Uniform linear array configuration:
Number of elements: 16
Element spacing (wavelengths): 0.25
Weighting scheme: cosine
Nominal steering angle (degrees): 60
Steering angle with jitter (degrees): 59.842
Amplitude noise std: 0.05
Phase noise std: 0.05

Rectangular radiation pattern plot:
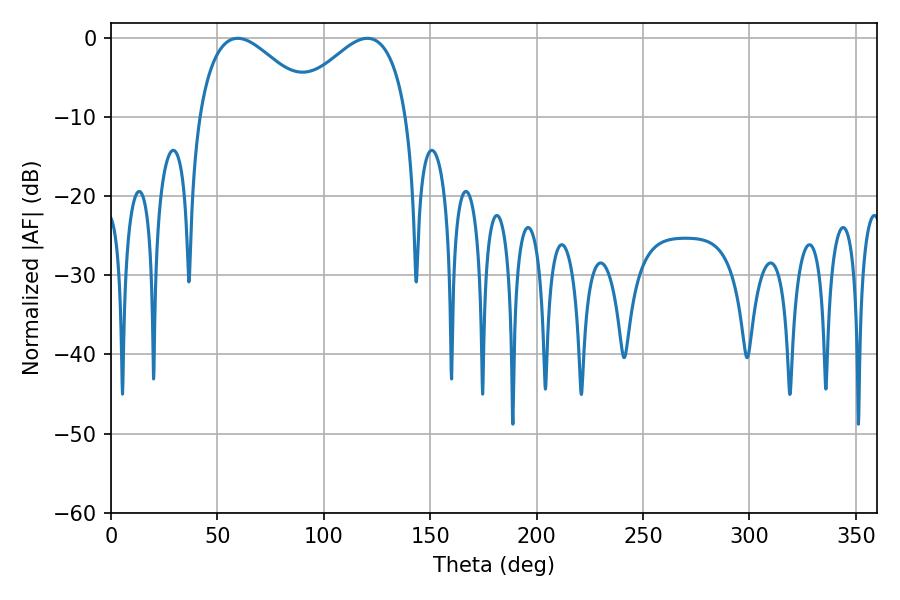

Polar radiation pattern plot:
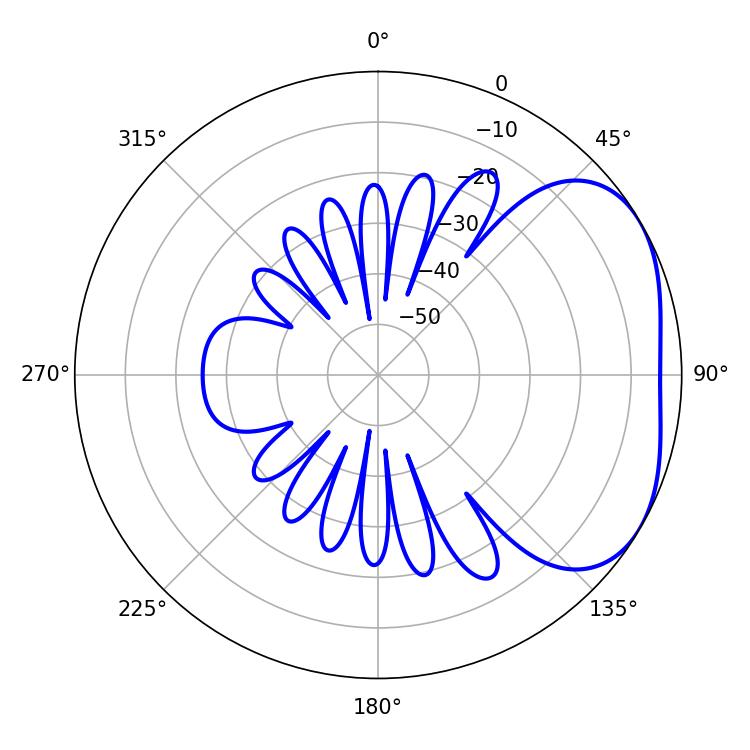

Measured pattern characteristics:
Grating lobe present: FALSE
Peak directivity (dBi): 3.215
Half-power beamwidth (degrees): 30.06
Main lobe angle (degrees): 59.58